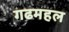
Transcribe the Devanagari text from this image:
गढमहल